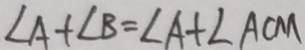
\angle A + \angle B = \angle A + \angle A C M